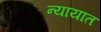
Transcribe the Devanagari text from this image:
न्यायात